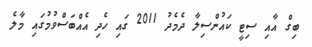
ބިގް އާއި ސިޓީ ކައުންސިލާ ދެމެދު 2011 ގައި ހެދި އެއްބަސްވުމުގައި މާލެ